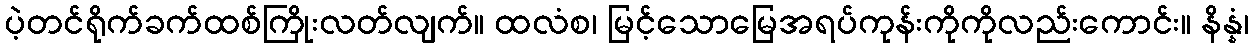
ပဲ့တင်ရိုက်ခက်ထစ်ကြိုးလတ်လျက်။ ထလံစ၊ မြင့်သောမြေအရပ်ကုန်းကိုကိုလည်းကောင်း။ နိန္နံ၊